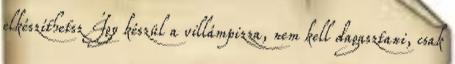
elkészíthetsz Így készül a villámpizza, nem kell dagasztani, csak